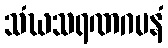
သံဃသရဏဂမနံ